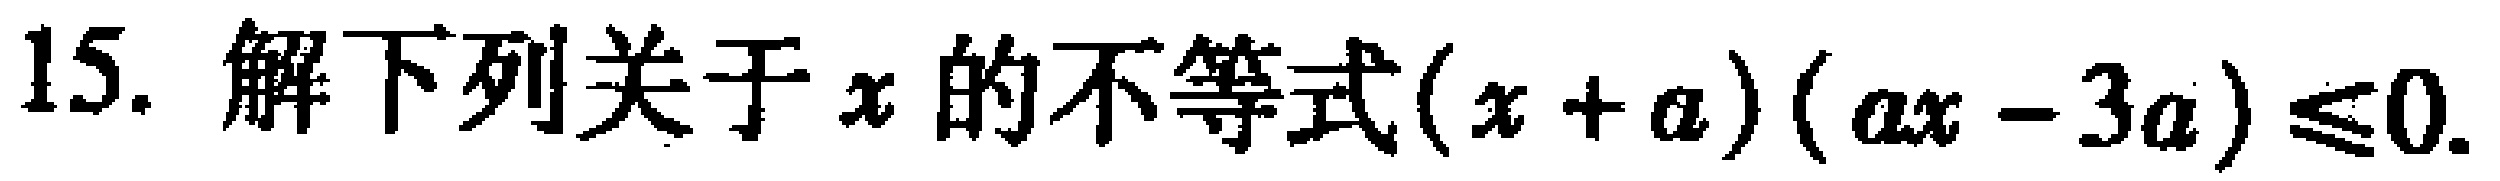
15. 解下列关于\(x\)的不等式\((x + a)(ax - 3a) \leq 0\).